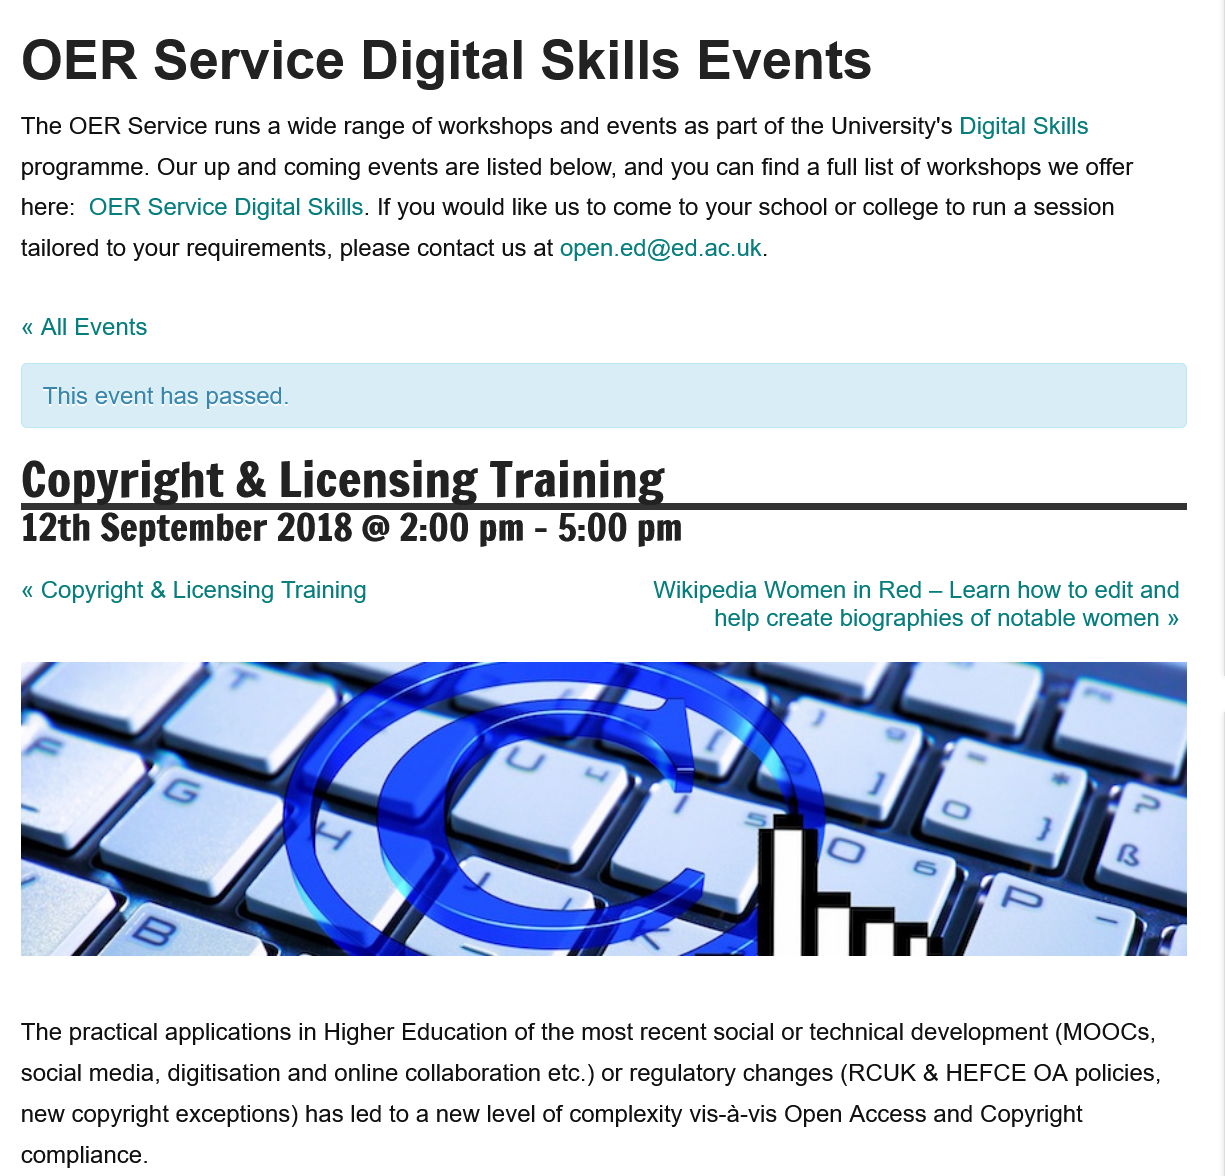
OER    Service    Digital    Skills    Events
  The practical applications in Higher Education of the most recent social or technical development (MOOCs,
  social media, digitisation and online collaboration etc.) or regulatory changes (RCUK & HEFCE OA policies,
  new copyright exceptions) has led to a new level of complexity vis-a-vis Open Access and Copyright
  compliance.
     Wikipedia Women in Red
     —
     Learn how to edit and
     help create biographies of notable women »
  « Copyright & Licensing Training
  « All Events
    This event has passed.
  Copyright    &  Licensing    Training

  12th   September    2018   @  2:00  pm
     -
     5:00  pm
  The OER Service runs a wide range of workshops and events as part of the University's Digital Skills
  programme. Our up and coming events are listed below, and you can find
  a
     full list of workshops we offer
  here: OER  Service Digital Skills. If you would like us to come to your school or college to run a session
  tailored to your requirements, please contact us at open.ed@ed.ac.uk.